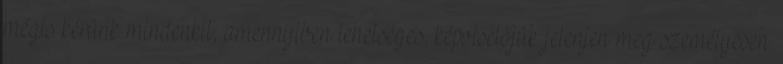
mégis kérünk mindenkit, amennyiben lehetséges, képviselőjük jelenjen meg személyesen.